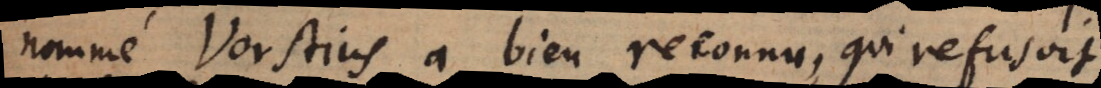
nommé Vorstius a bien reconnu, qui refusoit